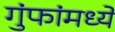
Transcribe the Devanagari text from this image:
गुंफांमध्ये